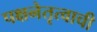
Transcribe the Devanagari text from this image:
पक्षनेतृत्वाची